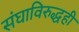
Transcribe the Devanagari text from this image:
संघाविरुद्धही